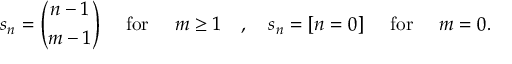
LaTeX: s _ { n } = { \binom { n - 1 } { m - 1 } } \quad { \mathrm { ~ f o r ~ } } \quad m \geq 1 \quad , \quad s _ { n } = [ n = 0 ] \quad { \mathrm { ~ f o r ~ } } \quad m = 0 .